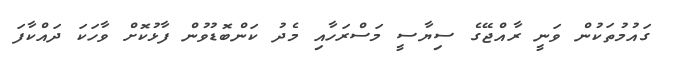
ގައުމުތަކުން ވަނީ ރާއްޖޭގެ ސިޔާސީ މަސްރަހާއި މެދު ކަންބޮޑުވުން ފާޅުކޮށް ވާހަކަ ދައްކާފަ